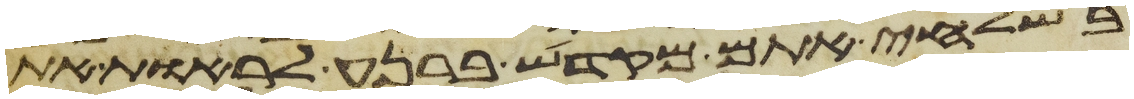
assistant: בשלחי אתם מקדש ברנע לראות את